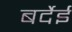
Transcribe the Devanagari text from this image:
बर्देई